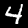
Digit: 4